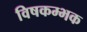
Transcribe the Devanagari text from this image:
विषकम्भक